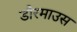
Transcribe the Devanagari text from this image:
डौरमाउस